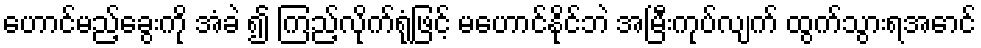
ဟောင်မည့်ခွေးကို အံခဲ ၍ ကြည့်လိုက်ရုံဖြင့် မဟောင်နိုင်ဘဲ အမြီးကုပ်လျက် ထွက်သွားရအောင်